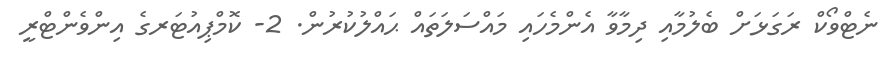
ނެޓްވޯކް ރަގަޅަށް ބެލުމާއި ދިމާވާ އެންމެހައި މައްސަލަތައް ޙައްލުކުރުން. 2- ކޮމްޕިއުޓަރގެ އިންވެންޓްރީ